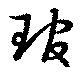
琯